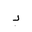
Letter: _dal